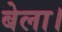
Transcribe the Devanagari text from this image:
बेला।